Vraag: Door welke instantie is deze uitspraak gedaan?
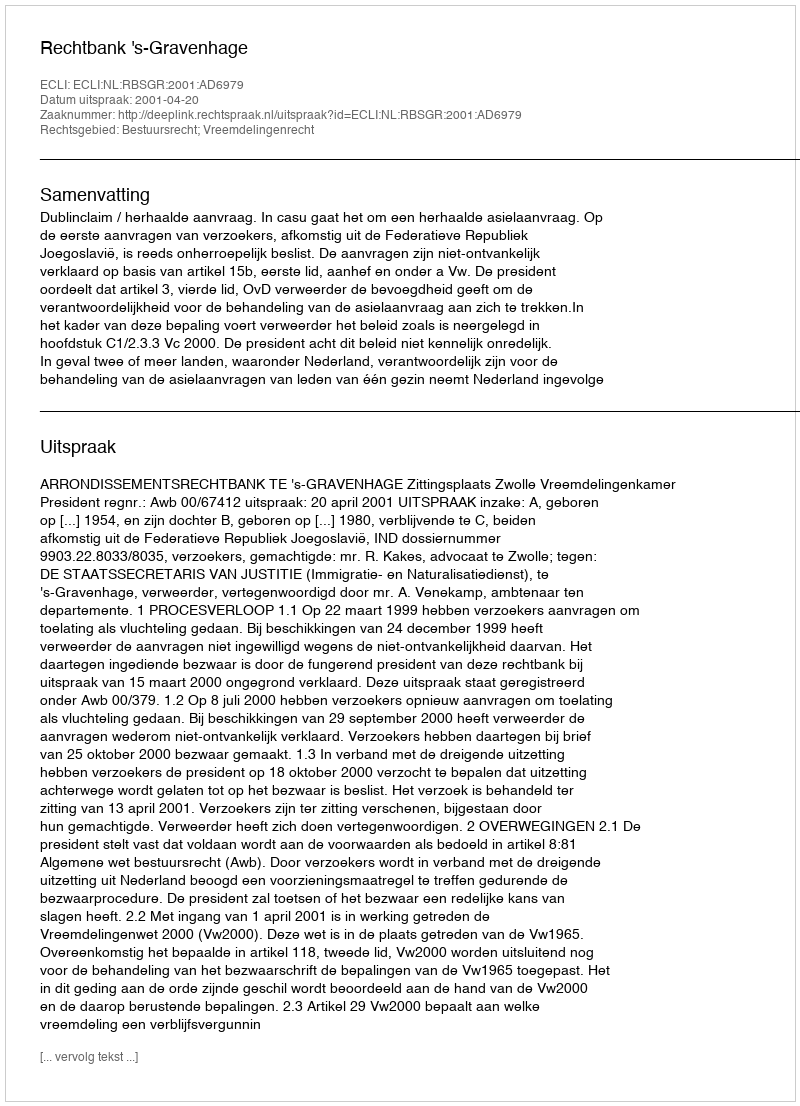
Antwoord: Rechtbank 's-Gravenhage